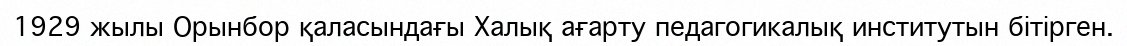
1929 жылы Орынбор қаласындағы Халық ағарту педагогикалық институтын бітірген.